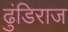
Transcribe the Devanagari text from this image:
ढुंडिराज